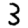
Digit: 3